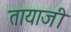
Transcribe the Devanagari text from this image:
तायाजी